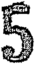
5